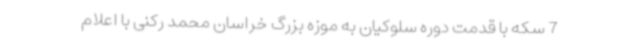
7 سکه با قدمت دوره سلوکیان به موزه بزرگ خراسان محمد رکنی با اعلام